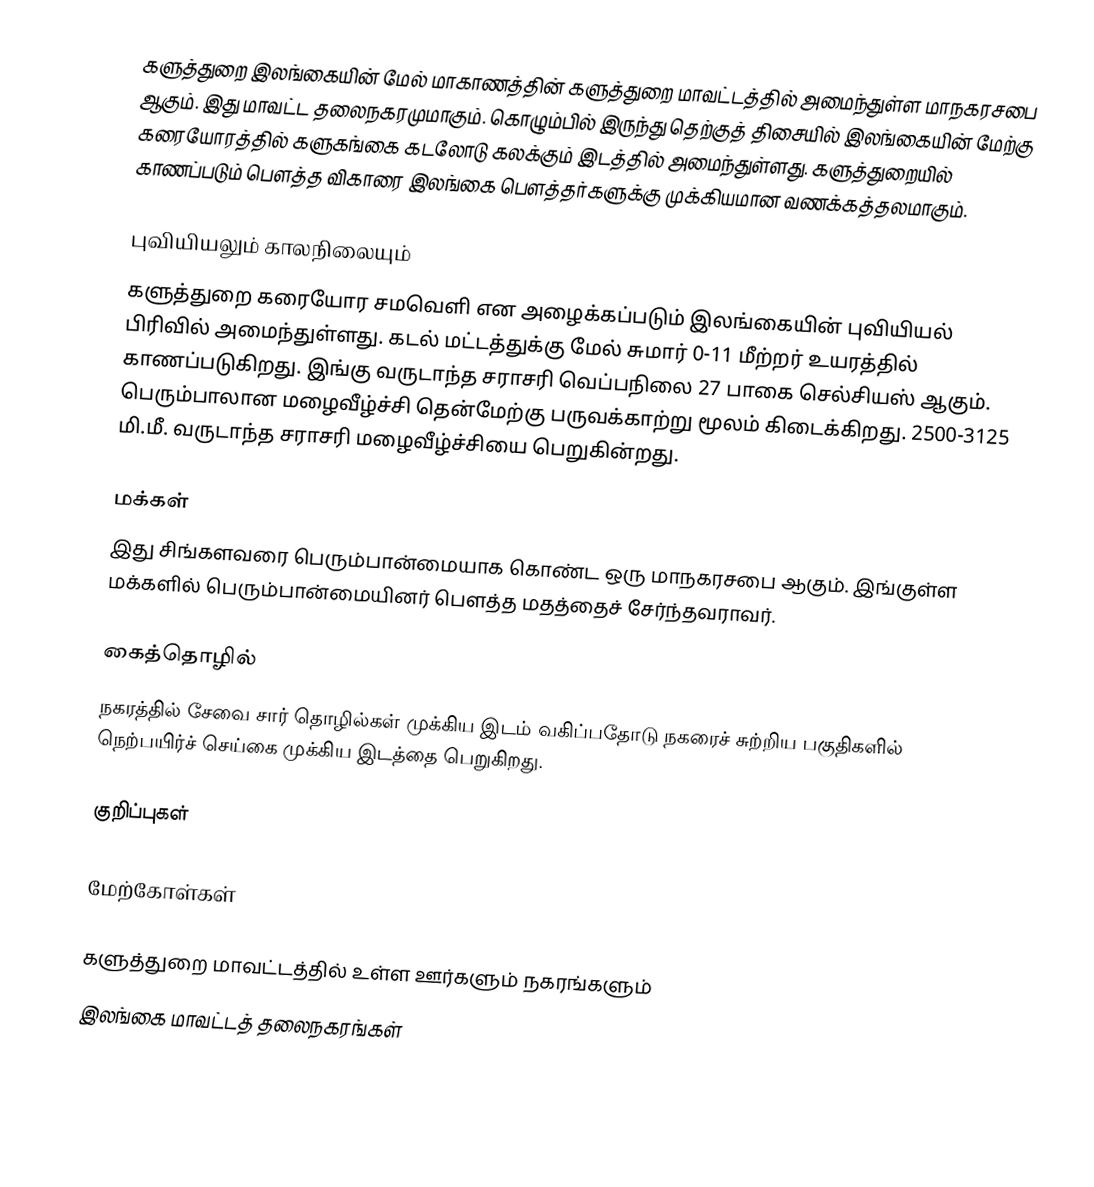
களுத்துறை இலங்கையின் மேல் மாகாணத்தின் களுத்துறை மாவட்டத்தில் அமைந்துள்ள  மாநகரசபை ஆகும். இது மாவட்ட தலைநகரமுமாகும். கொழும்பில் இருந்து தெற்குத் திசையில் இலங்கையின் மேற்கு கரையோரத்தில் களுகங்கை கடலோடு கலக்கும் இடத்தில் அமைந்துள்ளது. களுத்துறையில் காணப்படும் பௌத்த விகாரை இலங்கை பௌத்தர்களுக்கு முக்கியமான வணக்கத்தலமாகும்.

புவியியலும் காலநிலையும்
களுத்துறை  கரையோர சமவெளி என அழைக்கப்படும்  இலங்கையின் புவியியல் பிரிவில் அமைந்துள்ளது. கடல் மட்டத்துக்கு மேல் சுமார் 0-11 மீற்றர்  உயரத்தில் காணப்படுகிறது. இங்கு வருடாந்த சராசரி வெப்பநிலை 27 பாகை செல்சியஸ் ஆகும். பெரும்பாலான மழைவீழ்ச்சி தென்மேற்கு பருவக்காற்று மூலம் கிடைக்கிறது. 2500-3125 மி.மீ. வருடாந்த சராசரி மழைவீழ்ச்சியை பெறுகின்றது.

மக்கள்
இது சிங்களவரை பெரும்பான்மையாக கொண்ட ஒரு மாநகரசபை ஆகும். இங்குள்ள மக்களில் பெரும்பான்மையினர் பௌத்த மதத்தைச் சேர்ந்தவராவர்.

கைத்தொழில்
நகரத்தில் சேவை சார் தொழில்கள் முக்கிய இடம் வகிப்பதோடு நகரைச் சுற்றிய பகுதிகளில்  நெற்பயிர்ச் செய்கை முக்கிய இடத்தை பெறுகிறது.

குறிப்புகள்

மேற்கோள்கள்

களுத்துறை மாவட்டத்தில் உள்ள ஊர்களும் நகரங்களும்
இலங்கை மாவட்டத் தலைநகரங்கள்